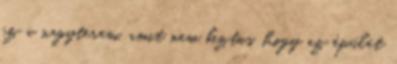
ez a nagyterem, amit nem biztos, hogy az épület